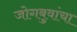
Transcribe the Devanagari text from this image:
जोगबुवांचा